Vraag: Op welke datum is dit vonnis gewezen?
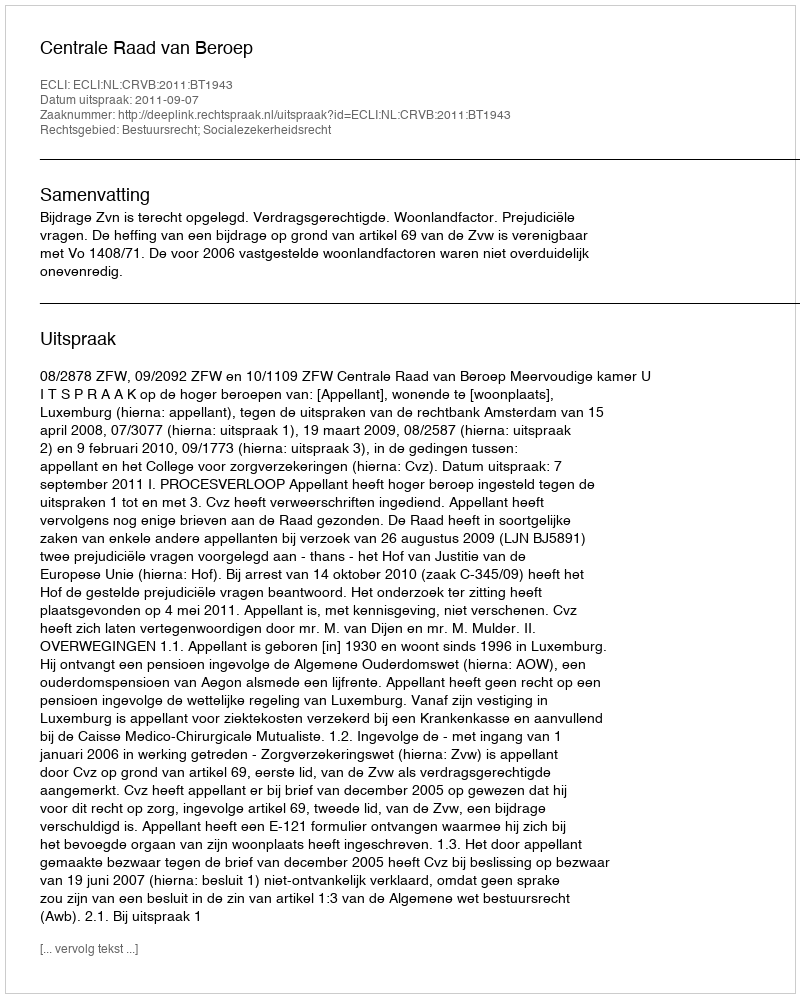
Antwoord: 2011-09-07